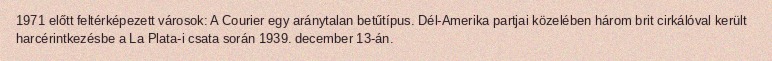
1971 előtt feltérképezett városok: A Courier egy aránytalan betűtípus. Dél-Amerika partjai közelében három brit cirkálóval került harcérintkezésbe a La Plata-i csata során 1939. december 13-án.